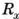
R